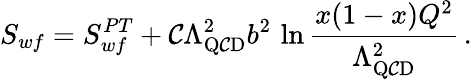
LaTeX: S_{wf}=S_{wf}^{PT}+\mathcal{C}\Lambda_{\mathrm{{Q\mathcal{C}D}}}^{2}b^{2}\, \ln\frac{{x(1-x)Q^{2}}}{{\Lambda_{\mathrm{{Q\mathcal{C}D}}}^{2}}}\, .